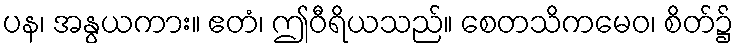
ပန၊ အနွယကား။ ဧတံ၊ ဤဝီရိယသည်။ စေတသိကမေဝ၊ စိတ်၌